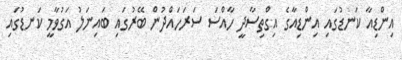
އިންޑިއާ ކަނޑުގައި އިންޑިއާގެ އިގްތިސާދީ ހާއްސަ ސަރަހައްދުން ބޭރުގައި ބައިނަލު އަގުވާމީ ކަނޑުގައި